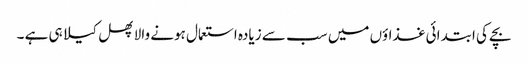
بچے کی ابتدائی غذاؤں میں سب سے زیادہ استعمال ہونے والا پھل کیلا ہی ہے ۔